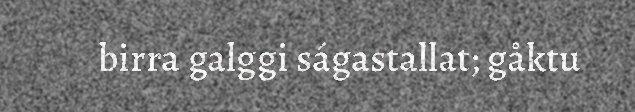
birra galggi ságastallat; gåktu